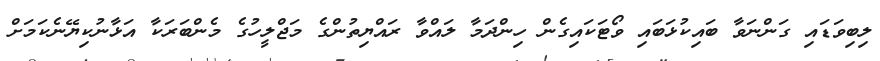
ލިބިވަޑައި ގަންނަވާ ބައިކުޅަބައި ވޯޓަކައިގެން ހިންދަމާ ލައްވާ ރައްޔިތުންގެ މަޖްލީހުގެ މެންބަރަކާ އަޅާނުކިޔޭނެކަމަށް